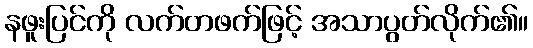
နဖူးပြင်ကို လက်တဖက်ဖြင့် အသာပွတ်လိုက်၏။